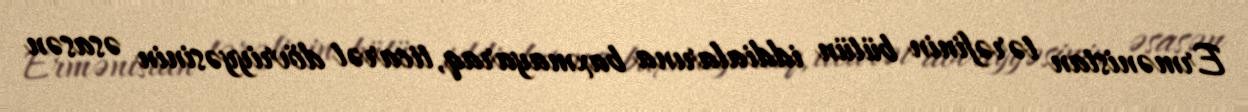
Ermənistan tərəfinin bütün iddialarına baxmayaraq, ticarət dövriyyəsinin əsasən